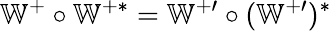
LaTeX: \mathbb{W}^{+}\circ\mathbb{W}^{+\ast}=\mathbb{W}^{+\prime}\circ(\mathbb{W}^{+\prime})^{\ast}